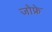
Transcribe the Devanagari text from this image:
जोफ्रे